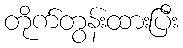
တိုက်တွန်းထားပြီး